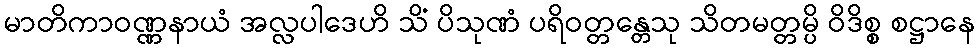
မာတိကာဝဏ္ဏနာယံ အလ္လပါဒေဟိ သိံ ပိသုဏံ ပရိဝတ္တန္တေသု သိတမတ္တမ္ပိ ဝိဒိစ္စ စဋ္ဌာနေ